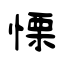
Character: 慄